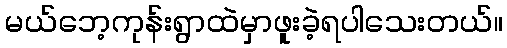
မယ်ဘေ့ကုန်းရွာထဲမှာဖူးခဲ့ရပါသေးတယ်။